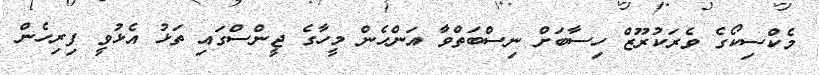
މެކްސިކޯގެ ވެރަކުރޫޒް ހިސާބަށް ނިސްބަތްވާ އަންހެން މީހާގެ ޖީންސްގައި ތަޅު އެޅުވީ ފިރިހެން